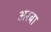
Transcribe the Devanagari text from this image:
अरबा